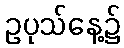
ဥပုသ်နေ့၌